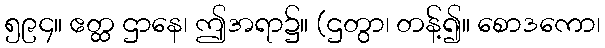
၅၉၄။ ဧတ္ထ ဌာနေ၊ ဤအရာ၌။ (ဌတွာ၊ တန့်၍။ စောဒကော၊